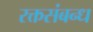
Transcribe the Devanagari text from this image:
रक्तसंबन्ध